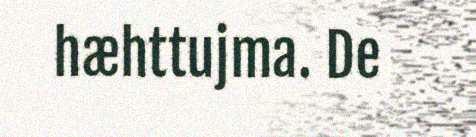
hæhttujma. De